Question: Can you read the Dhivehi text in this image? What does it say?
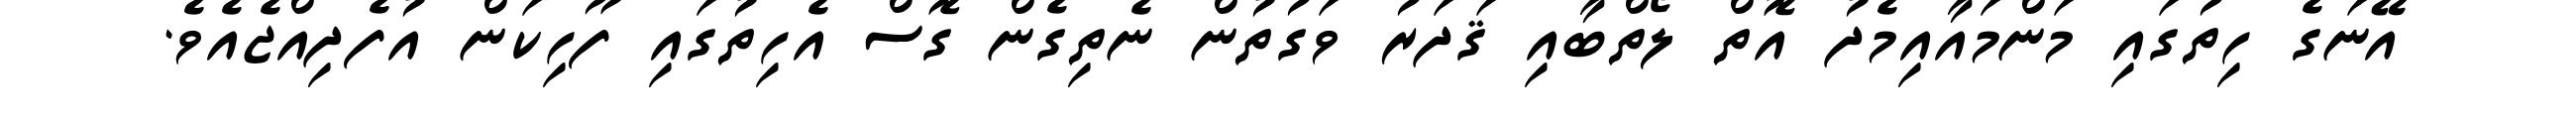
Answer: އޭނަގެ ހިތުގައި މަންމައާއިމެދު އޮތް ލޯތްބާއި ޤަދަރު ވަގުތުން ނެތިގެން ގޮސް އެހިތުގައި ފޫހިކަން އުފެދިއްޖެއެވެ.